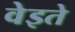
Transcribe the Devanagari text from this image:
वेइते